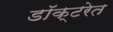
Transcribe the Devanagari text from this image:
डॉक्टरेत